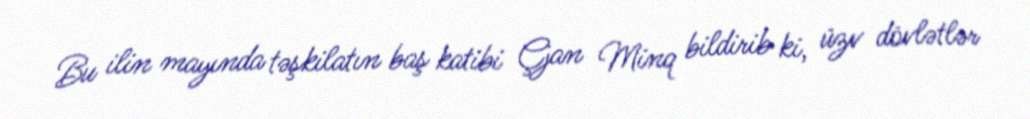
Bu ilin mayında təşkilatın baş katibi Çjan Minq bildirib ki, üzv dövlətlər